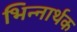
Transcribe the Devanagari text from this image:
भिन्नार्थक